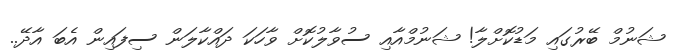
ޝަނުމް ބޭރުގައި މަޑުކޮށްލާ! ޝަނުމްއާއި ސުވާލުކޮށް ވާހަކަ ދައްކާލަން ސިފައިން އެބަ އާދޭ..